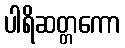
ပါရိဆတ္တကော